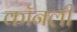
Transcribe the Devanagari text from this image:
कॉनली